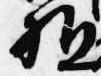
駈